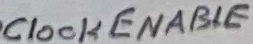
Text: ClockENABLE